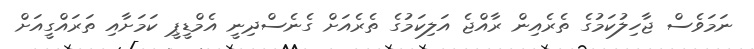
ނަމަވެސް ޖާހިލުކަމުގެ ތެރެއިން ރާއްޖެ އަލިކަމުގެ ތެރެއަށް ގެނެސްދިނީ އެމްޑީޕީ ކަމަށާއި ތަރައްގީއަށް